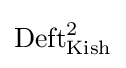
{\text{Deft}}_{\text{Kish}}^{2}